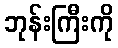
ဘုန်းကြီးကို